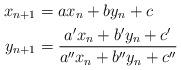
LaTeX: \begin{align*}x_{n+1} & =ax_{n}+by_{n}+c\\y_{n+1} & =\frac{a^{\prime}x_{n}+b^{\prime}y_{n}+c^{\prime}}{a^{\prime\prime}x_{n}+b^{\prime\prime}y_{n}+c^{\prime\prime}} \end{align*}